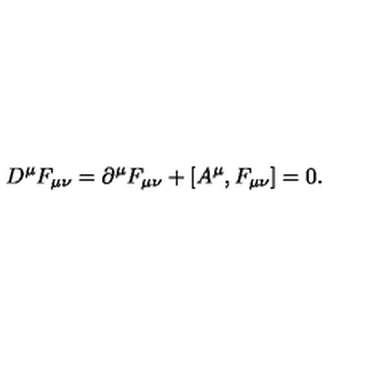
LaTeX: D ^ { \mu } F _ { \mu \nu } = \partial ^ { \mu } F _ { \mu \nu } + [ A ^ { \mu } , F _ { \mu \nu } ] = 0 .